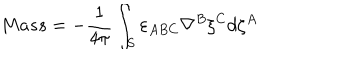
M a s s = - \frac { 1 } { 4 \pi } \int _ { S } \varepsilon _ { A B C } \nabla ^ { B } \xi ^ { C } d \zeta ^ { A }